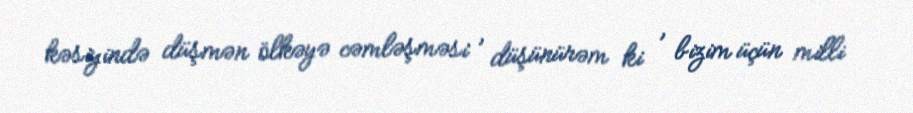
kəsiyində düşmən ölkəyə cəmləşməsi , düşünürəm ki , bizim üçün milli